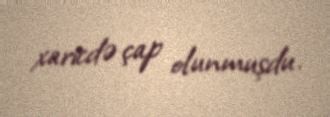
xaricdə çap olunmuşdu.